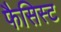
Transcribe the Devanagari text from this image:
फैसिस्ट